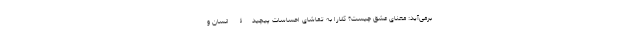
برمی‌آید: معنای عشق چیست؟ کلارا به تماشای احساسات پیچیدۀ انسان و